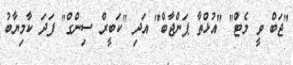
"ޖަބް ވީ މެޓް" "އުޅްތާ ޕަންޖާބް" އަދި "ކަބީރް ސިންގް" ފަދަ ކާމިޔާބު